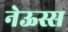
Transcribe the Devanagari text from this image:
नेऊस्स